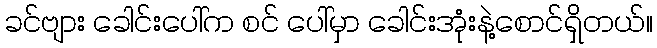
ခင်ဗျား ခေါင်းပေါ်က စင် ပေါ်မှာ ခေါင်းအုံးနဲ့စောင်ရှိတယ်။